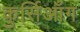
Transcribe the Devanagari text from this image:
कुर्सिआँग